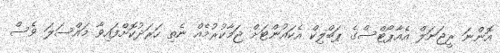
އޮންނަ ރީޖަނަލް އެއާޕޯޓްސްގެ ޕަބްލިކް އެކައުންޓަށް ޖަމާކުރުމެއް ނެތި ހަރަދުކޮށްފައިވާ މައްސަލަ ވެސް